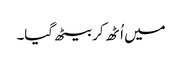
میں اُٹھ کر بیٹھ گیا۔